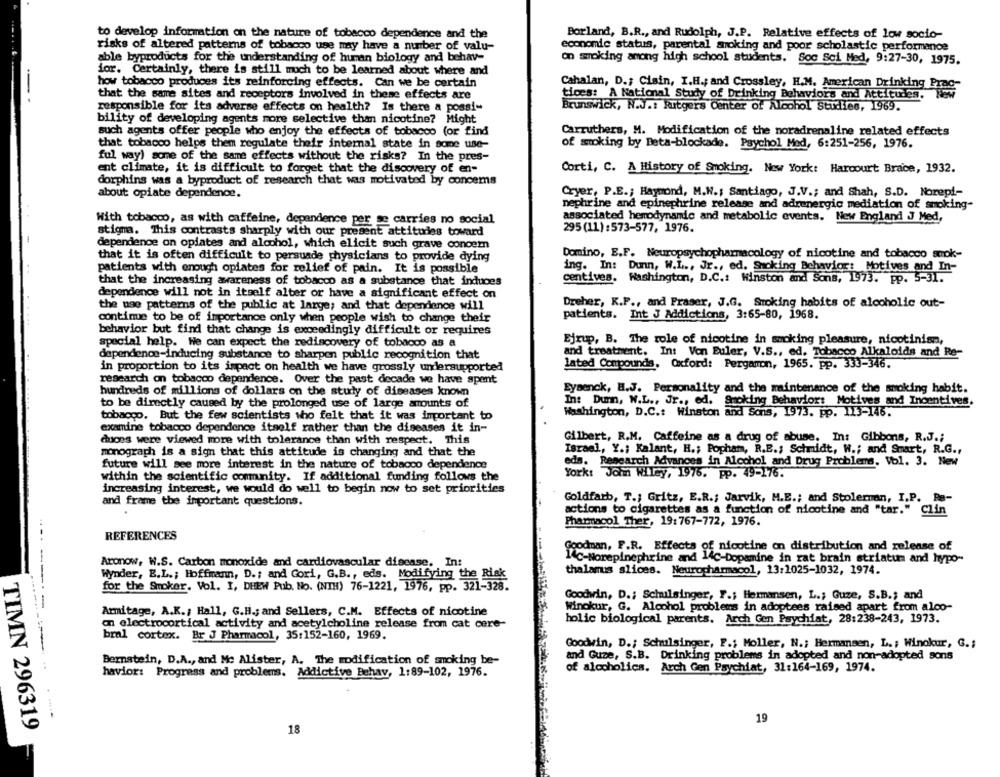
to develop information on the nature of tobacco dependence and the
Borland, B.R ., and Rudolph, J.P. Relative effects of low socio-
risks of altered patterns of tobacco use may have a number of valu-
economic status, parental smoking and poor scholastic performance
able byproducts for the understanding of human biology and behav-
on smoking among high school students. Soc Sci Med, 9:27-30, 1975.
ior. Certainly, there is still much to be learned about where and
how tobacco produces its reinforcing effects. Can we be certain
Cahalan, D .; Cisin, I.H .; and Crossley, H.M. American Drinking Prag-
that the same sites and receptors involved in these effects are
tices: A National Study of Drinking Behaviors and Attitudes.
responsible for its adverse effects on health? Is there a possi-
Brunswick, N.J .: RTtgers Center of Alcohol Studies, 1969.
bility of developing agents more selective than nicotine? Might
such agents offer people who enjoy the effects of tobacco (or find
Carruthers, M. Modification of the noradrenaline related effects
that tobacco helps them regulate their internal state in some use-
of smoking by Beta-blockade. Psychol Med, 6:251-256, 1976.
ful way) some of the same effects without the risks? In the pres-
ent climate, it is difficult to forget that the discovery of en-
Corti, C. A History of Smoking. New York: Harcourt Brace, 1932.
dorphins was a byproduct of research that was motivated by concems
about opiate dependence.
Cryer, P.E .; Haymond, M.N .; Santiago, J.V .; and Shah, S.D. Norept-
nephrine and epinephrine release and adrenergic mediation of smoking-
associated hemodynamic and metabolic events. New England J Med,
With tobacco, as with caffeine, dependence per se carries no social
stigma. This contrasts sharply with our present attitudes toward
295 (11) :573-577, 1976.
dependence on opiates and alcohol, which elicit such grave concern
Domino, E.F. Neuropsychopharmacology of nicotine and tobacco smok-
that it is often difficult to persuade physicians to provide dying
patients with enough opiates for relief of pain. It is possible
ing. In: Dunn, W.L ., Jr ., ed. Smoking Behavior: Motives and In-
centives. Washington, D.C .: Winston and Sons, 1973. Pp. 5-31.
that the increasing awareness of tobacco as a substance that induces
dependence will not in itself alter or have a significant effect on
Dreher, K.F ., and Fraser, J.G. Smoking habits of alcoholic out-
the use patterns of the public at large; and that dependence will
continue to be of importance only when people wish to change their
patients. Int J Addictions, 3:65-80, 1968.
behavior but find that change is exceedingly difficult or requires
Ejrup, B. The role of nicotine in smoking pleasure, nicotinisn,
special help. We can expect the rediscovery of tobacco as a
dependence-inducing substance to sharpen public recognition that
and treatment. Int Von Euler, V.S ., ed. Tobacco Alkaloids and Re-
lated Compounds, Oxford: Pergamon, 1965. pp. 333-346.
in proportion to its impact on health we have grossly undersupported
research on tobacco dependence. Over the past decade we have spent
Eysenck, B.J. Personality and the maintenance of the smoking habit.
hundreds of millions of dollars on the study of diseases known
to be directly caused by the prolonged use of large amounts of
In: Dum, W.L ., Jr ., ed. Smoking Behavior: Motives and Incentives.
Washington, D.C .: Winston and Sons, 1973. pp. 113-146.
tobacco. But the few scientists who felt that it was important to
examine tobacco dependence itself rather than the diseases it in-
duces were viewed more with tolerance than with respect. This
Gilbert, R.M. Caffeine as a drug of abuse. In: Gibbons, R.J .;
Israel, Y .; Kalant, H .; Popham, R.E .; Schmidt, W .; and Smart, R.G .,
monograph is a sign that this attitude is changing and that the
future will see more interest in the nature of tobacco dependence
eds. Research Advances in Alcohol and Drug Problems, Vol. 3. New
York: John Wiley, 1976. pp. 49-176.
within the scientific community. If additional funding follows the
increasing interest, we would do well to begin now to set priorities
and frame the important questions.
Goldfarb, T .; Gritz, E.R .; Jarvik, M.E .; and Stolerman, I.P. Ra-
.
actions to cigarettes as a function of nicotine and "tar." Clin
Pharmacol Ther, 19:767-772, 1976.
REFERENCES
Goodman, F.R. Effects of nicotine on distribution and release of
14℃-Norepinephrine and 14c-Dopamine in rat brain striatum and hypo-
Aronow, W.S. Carbon monoxide and cardiovascular disease. In:
Wynder, E.L .; Hoffmann, D .; and Cori, G.B ., eds. Modifying the Risk
thalamus slices. Neuropharmacol, 13:1025-1032, 1974.
for the Smoker, Vol. I, DHEW Pub, No. (NIH) 76-1221, 1976, pp. 321-328.
Goodwin, D .; Schulsinger, F .; Hermansen, L .; Guze, S.B .; and
-------
Armitage, A.K ., Hall, G.H .; and Sellers, C.M. Effects of nicotine
Winokur, G. Alcohol problems in adoptees raised apart from alco-
holic biological parents. Arch Gen Psychiat, 28:238-243, 1973.
on electrocortical activity and acetylcholine release from cat cere-
bral cortex. Br J Pharmacol, 35:152-160, 1969.
Goodwin, D .; Schulsinger, F .; Moller, N .; Hermansen, L .: Winokur, G .;
Bernstein, D.A ., and Mc Alister, A. The modification of smoking be-
and Guze, S.B. Drinking problems in adopted and non-adopted sons
of alcoholics. Arch Gen Psychiat, 31:164-169, 1974.
havior: Progress and problems. Addictive Behav, 1:89-102, 1976.
19
TIMN 296319
18